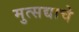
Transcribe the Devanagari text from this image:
मुत्सद्याचे